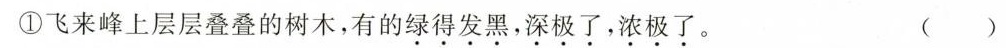
①飞来峰上层层叠叠的树木，有的绿得发黑，深极了，浓极了。 ()